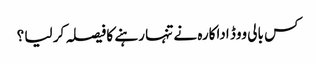
کس بالی ووڈ اداکارہ نے تنہا رہنے کا فیصلہ کر لیا ؟